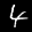
Label: 4